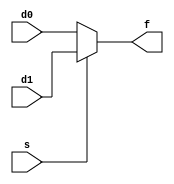
module mux2_overwrite (
   input       d0,
   input       d1,
   input       s,
   output reg  f);
   
   always @(*) begin
      f = d0;
      if (s)
         f = d1;
   end
   
endmodule